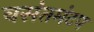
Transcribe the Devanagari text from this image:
वसंतमंटप